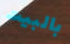
بالبيت